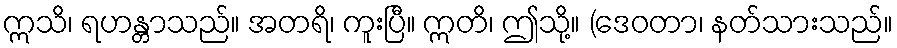
ဣသိ၊ ရဟန္တာသည်။ အတရိ၊ ကူးပြီ။ ဣတိ၊ ဤသို့။ (ဒေဝတာ၊ နတ်သားသည်။